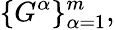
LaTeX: \{ G^{\alpha}\} _{\alpha=1}^{m},